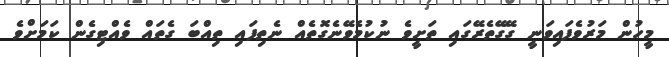
މީހުން މަރުވެފައިވަނީ ގޭގޭތެރޭގައި ތަށީވެ ނުކުމެވޭނެގޮތެއް ނެތިފައި ތިއްބަ ގެތައް ވެއްޓިގެން ކަމަށްވެ